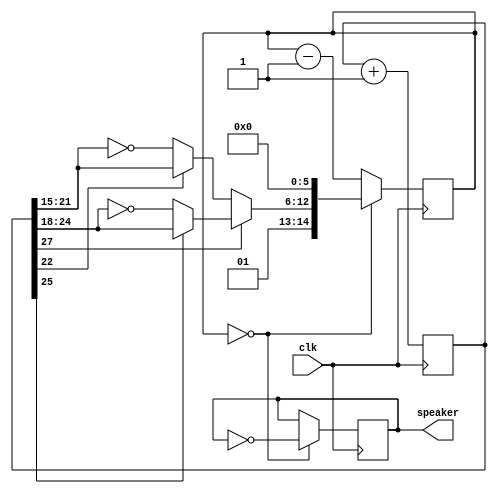
module music(clk, speaker);
input clk;
output speaker;

reg [27:0] tone;
always @(posedge clk) tone <= tone+1;

wire [6:0] fastsweep = (tone[22] ? tone[21:15] : ~tone[21:15]);
wire [6:0] slowsweep = (tone[25] ? tone[24:18] : ~tone[24:18]);
wire [14:0] clkdivider = {2'b01, (tone[27] ? slowsweep : fastsweep), 6'b000000};

reg [14:0] counter;
always @(posedge clk) if(counter==0) counter <= clkdivider; else counter <= counter-1;

reg speaker;
always @(posedge clk) if(counter==0) speaker <= ~speaker;
endmodule